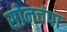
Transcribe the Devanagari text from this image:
सोनचंपा